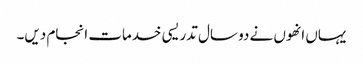
یہاں انھوں نے دو سال تدریسی خدمات انجام دیں۔